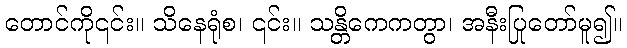
တောင်ကို၎င်း။ သိနေရုံစ၊ ၎င်း။ သန္တိကေကတွာ၊ အနီးပြုတော်မူ၍။